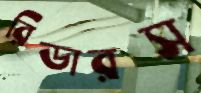
রিডারস